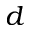
d